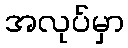
အလုပ်မှာ